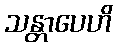
သန္တာပေဟိ